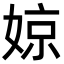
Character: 婛